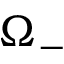
\Omega _ { - }